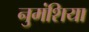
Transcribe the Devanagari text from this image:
नुमंशिया